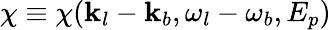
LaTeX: \chi\equiv\chi(\mathbf{k}_{l}-\mathbf{k}_{b},\omega_{l}-\omega_{b},E_{p})